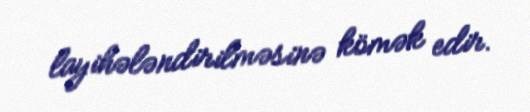
layihələndirilməsinə kömək edir.